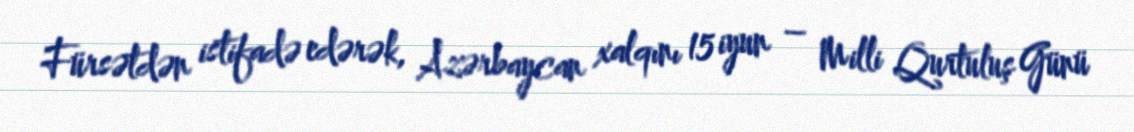
Fürsətdən istifadə edərək, Azərbaycan xalqını 15 iyun – Milli Qurtuluş Günü